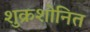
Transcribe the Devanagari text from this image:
शुक्रशोनित